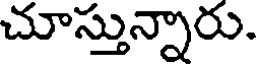
చూస్తున్నారు.